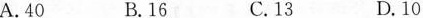
A.40 B.16 C.13 D.10